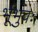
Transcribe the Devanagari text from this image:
र्भूभुवः